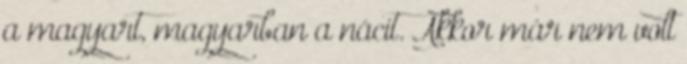
a magyart, magyarban a nácit. Akkor már nem volt